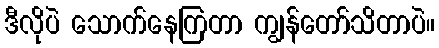
ဒီလိုပဲ သောက်နေကြတာ ကျွန်တော်သိတာပဲ။